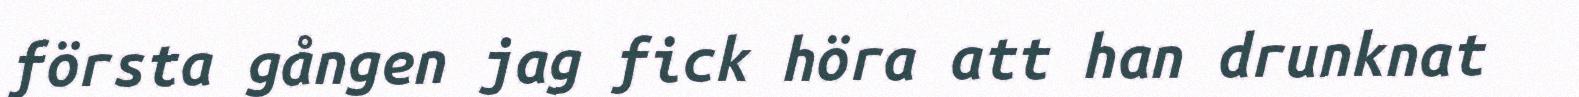
första gången jag fick höra att han drunknat